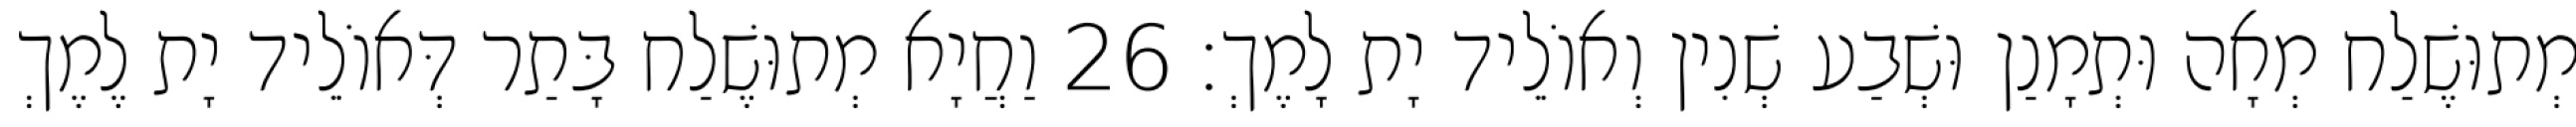
מְתוּשֶׁלַח מְאָה וּתְמָנַן וּשְׁבַע שְׁנִין וְאוֹלֵיד יָת לָמֶךְ׃ 26 וַחֲיָא מְתוּשֶׁלַח בָּתַר דְּאוֹלֵיד יָת לֶמֶךְ